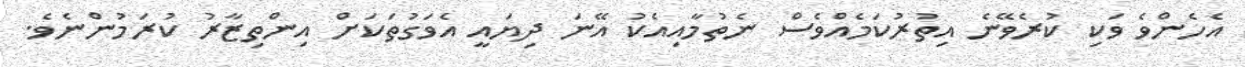
އެހެންވެ ވަކި ކުރެވޭނެ އިތުރުކަމެއްވެސް ނެތުމާއިއެކު އޭނަ ދިޔައީ އެވަގުތަކަށް އިންތިޒާރު ކުރަމުންނެވެ.